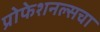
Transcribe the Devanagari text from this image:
प्रोफेशनल्सचा